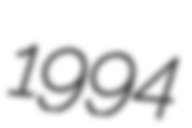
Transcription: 1994